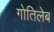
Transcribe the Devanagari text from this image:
गोतिलेब